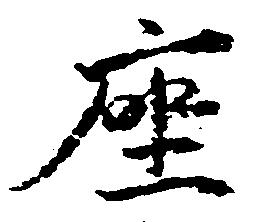
座